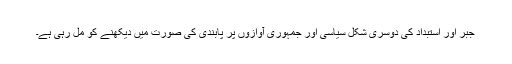
جبر اور استبداد کی دوسری شکل سیاسی اور جمہوری آوازوں پر پابندی کی صورت میں دیکھنے کو مل رہی ہے۔